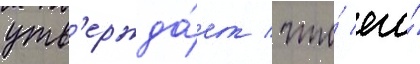
утв'ержда́ет / что́ его́